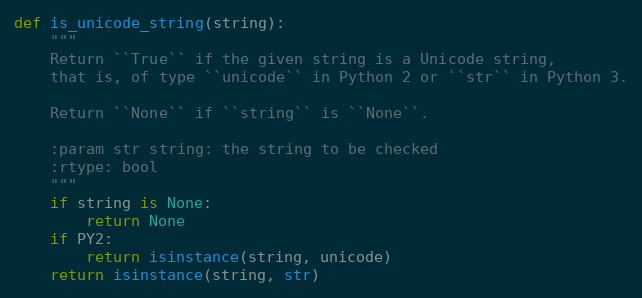
Language: Python
def is_unicode_string(string):
    """
    Return ``True`` if the given string is a Unicode string,
    that is, of type ``unicode`` in Python 2 or ``str`` in Python 3.

    Return ``None`` if ``string`` is ``None``.

    :param str string: the string to be checked
    :rtype: bool
    """
    if string is None:
        return None
    if PY2:
        return isinstance(string, unicode)
    return isinstance(string, str)